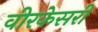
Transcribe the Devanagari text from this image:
वीरकेसरी